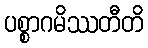
ပစ္စာဂမိဿတီတိ